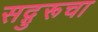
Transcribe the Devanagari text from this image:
सद्गुरूचा